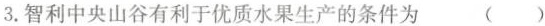
3.智利中央山谷有利于优质水果生产的条件为 ( )